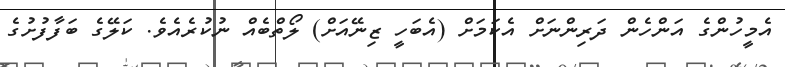
އެމީހުންގެ އަންހެން ދަރިންނަށް އެކަމަށް (އެބަހީ ޒިނޭއަށް) ލޯތްބެއް ނުކުރެއެވެ. ކަލޭގެ ބަފާފުށުގެ